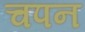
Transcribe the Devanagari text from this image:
चपन